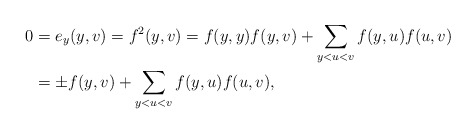
\begin{align*}0&=e_y(y,v)=f^2(y,v)=f(y,y)f(y,v)+\sum_{y<u<v}f(y,u)f(u,v)\\&=\pm f(y,v)+\sum_{y<u<v}f(y,u)f(u,v),\end{align*}